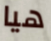
هيا